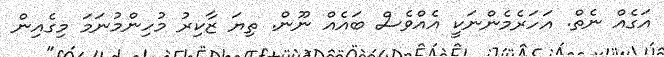
އަގެއް ނެތް. އަހަރެމެންނަކީ އެއްވެސް ބައެއް ނޫން. ތިޔަ ޒާކިރު މުހިންމުނަމަ މިގެއިން